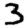
Digit: 3